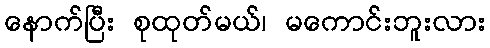
နောက်ပြီး စုထုတ်မယ်၊ မကောင်းဘူးလား